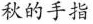
秋的手指